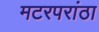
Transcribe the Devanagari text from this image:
मटरपरांठा